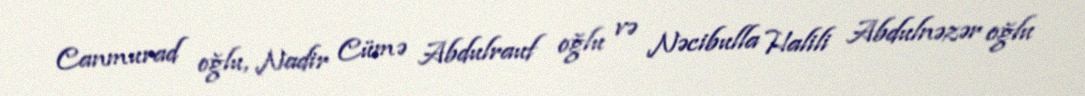
Canmurad oğlu, Nadir Cümə Abdulrauf oğlu və Nəcibulla Halili Abdulnəzər oğlu